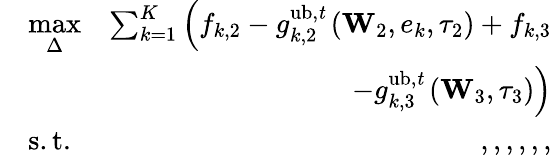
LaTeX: \begin{array}{rlr}&{\underset{\Delta}{\operatorname*{max}}}&{\sum_{k=1}^{K}\left(f_{k,2}-g_{k,2}^{\mathrm{ub,\mathit t}}\left(\mathbf W_{2},e_{k},\tau_{2}\right)+f_{k,3}\right.}\\ &{}&{\left.-g_{k,3}^{\mathrm{ub,\mathit t}}\left(\mathbf W_{3},\tau_{3}\right)\right)}\\ &{\mathrm{s.t.}}&{,,,,,,}\end{array}